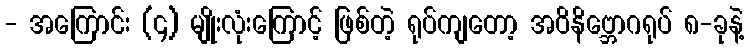
- အကြောင်း (၄) မျိုးလုံးကြောင့် ဖြစ်တဲ့ ရုပ်ကျတော့ အဝိနိဗ္ဘောဂရုပ် ၈-ခုနဲ့